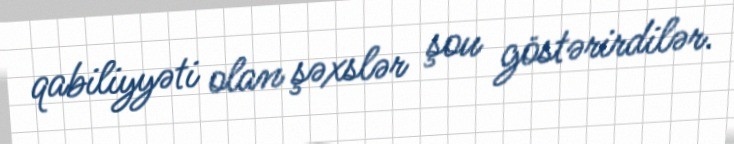
qabiliyyəti olan şəxslər şou göstərirdilər.